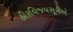
હીરવિજયસૂરીએ